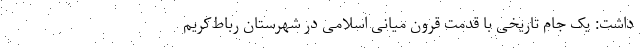
داشت: یک جام تاریخی با قدمت قرون میانی اسلامی در شهرستان رباط‌کریم